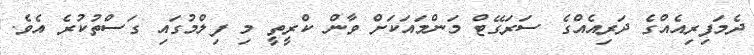
ދެމަފިރިއެއްގެ ދަރިއެއްގެ ސަރަގޭޓް މަންމައަކަށް ވާން ކްރީތީ މި ފިލްމުގައި ގަސްތުކުރެ އެވެ.